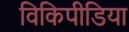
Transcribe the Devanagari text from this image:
विकिपीडिया